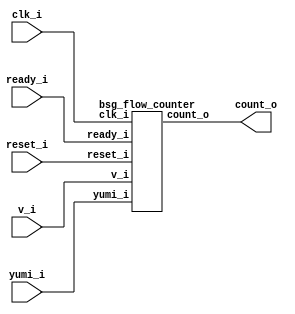


module top
(
  clk_i,
  reset_i,
  v_i,
  ready_i,
  yumi_i,
  count_o
);

  output [6:0] count_o;
  input clk_i;
  input reset_i;
  input v_i;
  input ready_i;
  input yumi_i;

  bsg_flow_counter
  wrapper
  (
    .count_o(count_o),
    .clk_i(clk_i),
    .reset_i(reset_i),
    .v_i(v_i),
    .ready_i(ready_i),
    .yumi_i(yumi_i)
  );


endmodule



module bsg_counter_up_down_max_val_p64_init_val_p0_max_step_p1
(
  clk_i,
  reset_i,
  up_i,
  down_i,
  count_o
);

  input [0:0] up_i;
  input [0:0] down_i;
  output [6:0] count_o;
  input clk_i;
  input reset_i;
  wire [6:0] count_o;
  wire N0,N1,N2,N3,N4,N5,N6,N7,N8,N9,N10,N11,N12,N13,N14;
  reg count_o_6_sv2v_reg,count_o_5_sv2v_reg,count_o_4_sv2v_reg,count_o_3_sv2v_reg,
  count_o_2_sv2v_reg,count_o_1_sv2v_reg,count_o_0_sv2v_reg;
  assign count_o[6] = count_o_6_sv2v_reg;
  assign count_o[5] = count_o_5_sv2v_reg;
  assign count_o[4] = count_o_4_sv2v_reg;
  assign count_o[3] = count_o_3_sv2v_reg;
  assign count_o[2] = count_o_2_sv2v_reg;
  assign count_o[1] = count_o_1_sv2v_reg;
  assign count_o[0] = count_o_0_sv2v_reg;
  assign { N7, N6, N5, N4, N3, N2, N1 } = count_o - down_i[0];
  assign { N14, N13, N12, N11, N10, N9, N8 } = { N7, N6, N5, N4, N3, N2, N1 } + up_i[0];
  assign N0 = ~reset_i;

  always @(posedge clk_i) begin
    if(reset_i) begin
      count_o_6_sv2v_reg <= 1'b0;
      count_o_5_sv2v_reg <= 1'b0;
      count_o_4_sv2v_reg <= 1'b0;
      count_o_3_sv2v_reg <= 1'b0;
      count_o_2_sv2v_reg <= 1'b0;
      count_o_1_sv2v_reg <= 1'b0;
      count_o_0_sv2v_reg <= 1'b0;
    end else if(1'b1) begin
      count_o_6_sv2v_reg <= N14;
      count_o_5_sv2v_reg <= N13;
      count_o_4_sv2v_reg <= N12;
      count_o_3_sv2v_reg <= N11;
      count_o_2_sv2v_reg <= N10;
      count_o_1_sv2v_reg <= N9;
      count_o_0_sv2v_reg <= N8;
    end 
  end


endmodule



module bsg_flow_counter
(
  clk_i,
  reset_i,
  v_i,
  ready_i,
  yumi_i,
  count_o
);

  output [6:0] count_o;
  input clk_i;
  input reset_i;
  input v_i;
  input ready_i;
  input yumi_i;
  wire [6:0] count_o;
  wire enque;

  bsg_counter_up_down_max_val_p64_init_val_p0_max_step_p1
  \gen_blk_0.counter 
  (
    .clk_i(clk_i),
    .reset_i(reset_i),
    .up_i(enque),
    .down_i(yumi_i),
    .count_o(count_o)
  );

  assign enque = v_i & ready_i;

endmodule